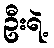
ဦးရဲ့